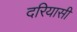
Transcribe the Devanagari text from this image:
दरियासी